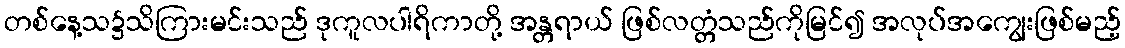
တစ်နေ့သ၌သိကြားမင်းသည် ဒုကူလပါရိကာတို့ အန္တရာယ် ဖြစ်လတ္တံသည်ကိုမြင်၍ အလုပ်အကျွေးဖြစ်မည့်